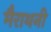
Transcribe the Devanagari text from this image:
मैराथनी